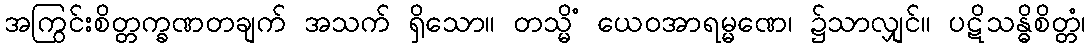
အကြွင်းစိတ္တက္ခဏတချက် အသက် ရှိသော။ တသ္မိံ ယေဝအာရမ္မဏေ၊ ၌သာလျှင်။ ပဋိသန္ဓိစိတ္တံ၊